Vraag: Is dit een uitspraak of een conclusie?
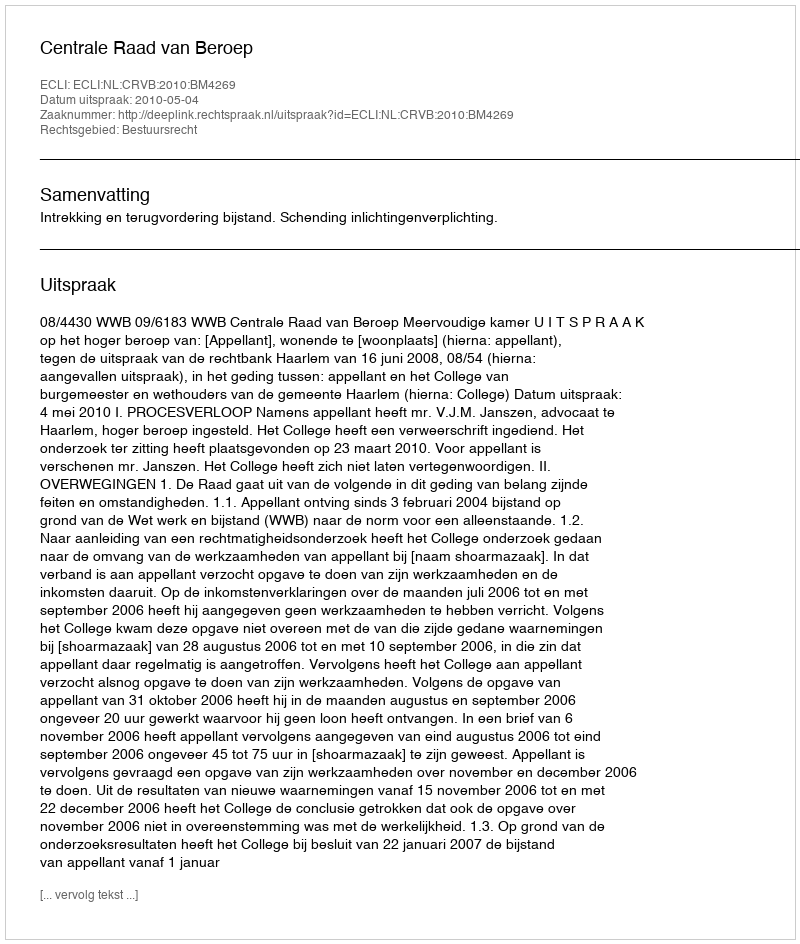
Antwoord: Uitspraak